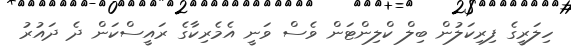
ހިލަރީގެ ފިރިކަލުން ބިލް ކްލިންޓަން ވެސް ވަނީ އެމެރިކާގެ ރައީސްކަން ދެ ދައުރު